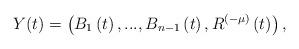
LaTeX: \begin{align*}Y(t)=\left(B_1\left(t\right),...,B_{n-1}\left(t\right),R^{(-\mu)}\left(t\right)\right),\end{align*}